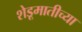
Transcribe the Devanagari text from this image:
शेडूमातीच्या